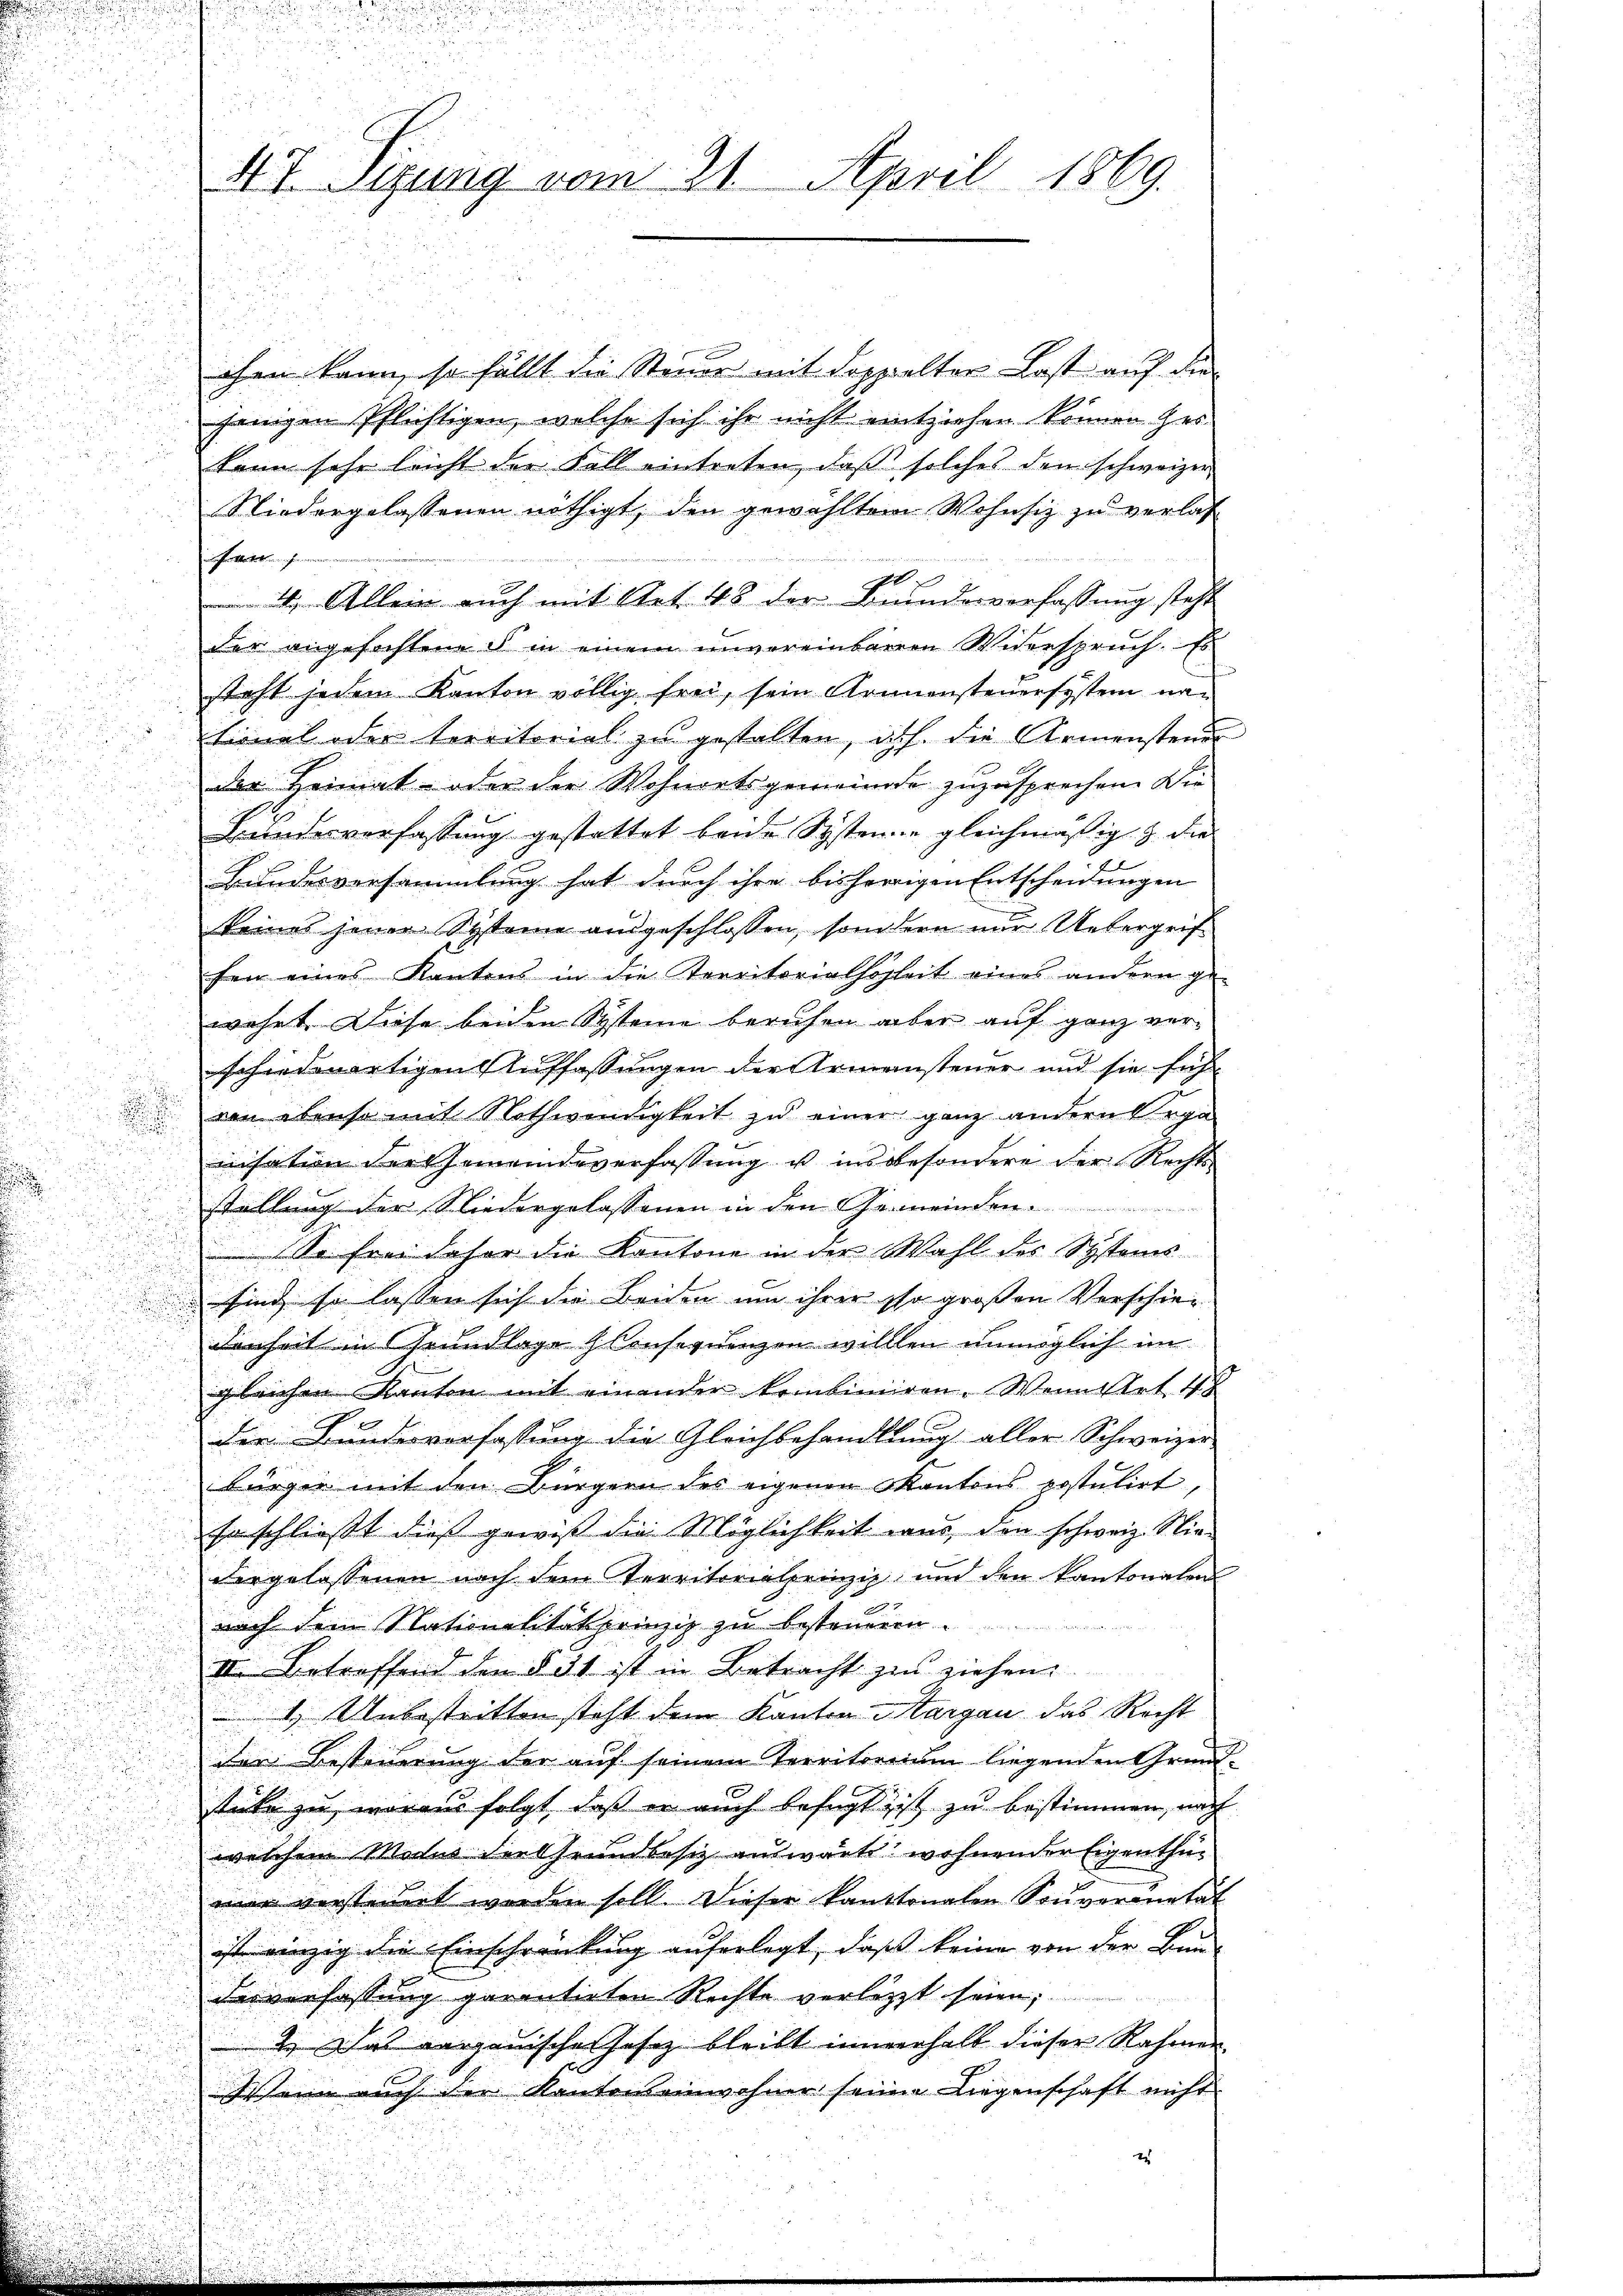
.

47. Sizung vom 21. April 1869.

chen kann, so fällt die Steuer mit doppelter Last auf die

jenigen Pflichtigen, welche sich ihr nicht entziehen können ges
kann sehr leicht die Fall eintreten, daß solches den schweizer
Niedergelassenen nöthigt, den gewähltem Wohnsiz zu verlas

g
4. Allein auch mit Art. 48 der Binderverfassung steht
der angefochten § in einem unvereinbaren Widerspruch. Es
steht jedem Kanton völlig frei, sein Konnensteuersystem natirmal oder territorial zu gestalten, auf die Armensteuer

der Heimat- oder der Wohnortsgemeinde zuzusprechen. Die
Bundesverfassung gestattet beide Systeme gleichmäßig & die
Bundesversammlung hat durch ihre bisherrigen Entscheidungen
keines jener Systeme ausgeschlossen, sondern nur Uebergrif
fein eines Kantons in die Territorialhoheit eines andern ge-
wehnt. Diese beiden Systeine beruhen aber auf ganz verschiedenartigen Auffassungen der Armensteuer und sie fühven ebenso mit Nothwendigkeit zu einer ganz andern bega
nisation der Gemeindeverfassung u. insbesondere der Rechts
stellung der Niedergelassenen in den
So frei daher die Kantone in der Wahl des Systems
sind, so lassen sich die Beiden um ihrer so großen Verschie¬
.
.
3
denheit in Grundlage Consequenzen willlen unmöglich im
gleichen Kanton mit einander kombiniren. Wenn Art. 48
der Bundesverfassung die Gleichbehandlung aller Schweizer-
.
d
bürger mit den Bürgern des eigenen Kantons postulirt,

i
so schließt dieß gewiß die Möglichkeit war, den schweiz. Nie-
s

dergelassenen nach dem Territorialprinzip und den kantonalen

n
d
nach dem Stationalitätsprinzip zu besteueren.
II. Betreffend den § 31 ist in Betracht zu ziehen.
1) Unbestritten steht dem Kanton Margau das Recht
der Besteuerung der aŭf seinem Territorium liegenden Grund-
stüke zu, woraus folgt, daß er auch befugt ist zu bestimmen, nach
welchem Modus der Grundbesiz auswärts wohnender Eigenthüwar verstimmt worden soll. Dieser kantonalen Souveranetät
ist einzig die Einschränkung auferlegt, daß keine von der Bau-
desverfassung garantirten Rechte verletzt seien;
2. Das vergauisches Jahrz bleibt innerhalb dieser Rahmen.
Wenn auch der Kantonseinwohner seiner Liegenschaft nicht